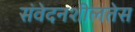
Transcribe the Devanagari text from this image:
संवेदनशीलतेस